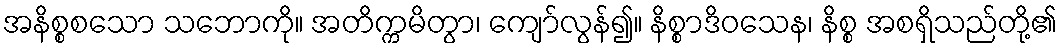
အနိစ္စစသော သဘောကို။ အတိက္ကမိတွာ၊ ကျော်လွန်၍။ နိစ္စာဒိဝသေန၊ နိစ္စ အစရှိသည်တို့၏